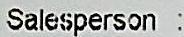
SALESPERSON :